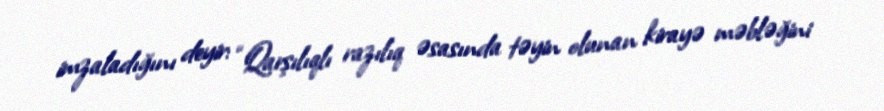
imzaladığını deyir: “Qarşılıqlı razılıq əsasında təyin olunan kirayə məbləğini